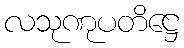
လသုဏုပတိဋ္ဌေ